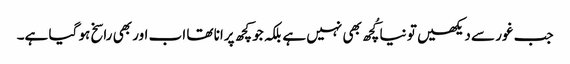
جب غور سے دیکھیں تو نیا کُچھ بھی نہیں ہے بلکہ جو کچھ پرانا تھا اب اور بھی راسخ ہو گیا ہے۔